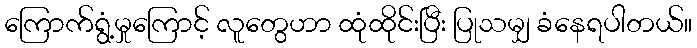
ကြောက်ရွံ့မှုကြောင့် လူတွေဟာ ထုံထိုင်းပြီး ပြုသမျှ ခံနေရပါတယ်။